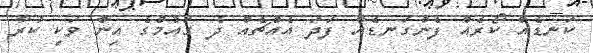
ކަނޑެއް ކޯރެއް ފެންގަނޑެއް ފަދަ އެއްޗެއް ދެ ގައުމުގެ އިން ވަކި ކުރާ